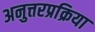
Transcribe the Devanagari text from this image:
अनुत्तरप्रक्रिया